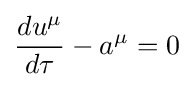
{{du^{\mu }} \over {d\tau }}-a^{\mu }=0